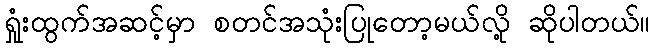
ရှုံးထွက်အဆင့်မှာ စတင်အသုံးပြုတော့မယ်လို့ ဆိုပါတယ်။